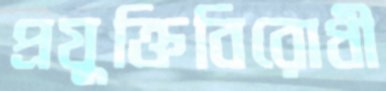
প্রযুক্তিবিরোধী